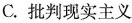
C.批判现实主义